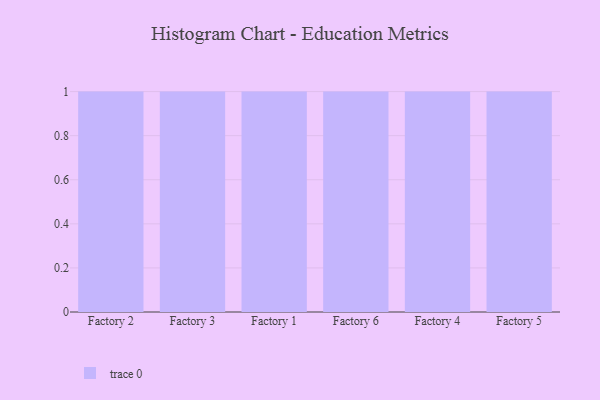
{"axis": {"x": "Factory", "y": "Latency (ms)"}, "legend": [""], "data": [{"x": "Factory 2", "y": 75, "type": ""}, {"x": "Factory 3", "y": 69, "type": ""}, {"x": "Factory 1", "y": 12, "type": ""}, {"x": "Factory 6", "y": 30, "type": ""}, {"x": "Factory 4", "y": 41, "type": ""}, {"x": "Factory 5", "y": 91, "type": ""}]}